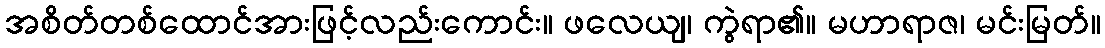
အစိတ်တစ်ထောင်အားဖြင့်လည်းကောင်း။ ဖလေယျ၊ ကွဲရာ၏။ မဟာရာဇ၊ မင်းမြတ်။